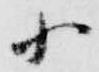
小